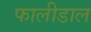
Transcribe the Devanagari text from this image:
फालीडाल